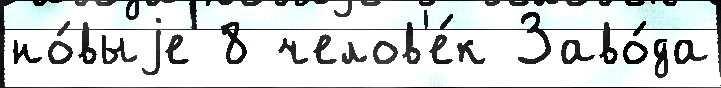
но́выjе 8 челов'е́к Заво́да